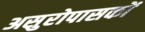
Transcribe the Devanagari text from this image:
असुरोपासकों